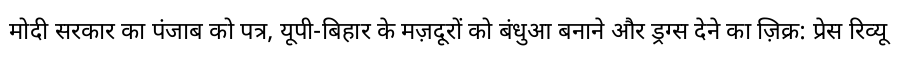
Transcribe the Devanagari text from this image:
मोदी सरकार का पंजाब को पत्र, यूपी-बिहार के मज़दूरों को बंधुआ बनाने और ड्रग्स देने का ज़िक्र: प्रेस रिव्यू